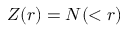
Z ( r ) = N ( < r )